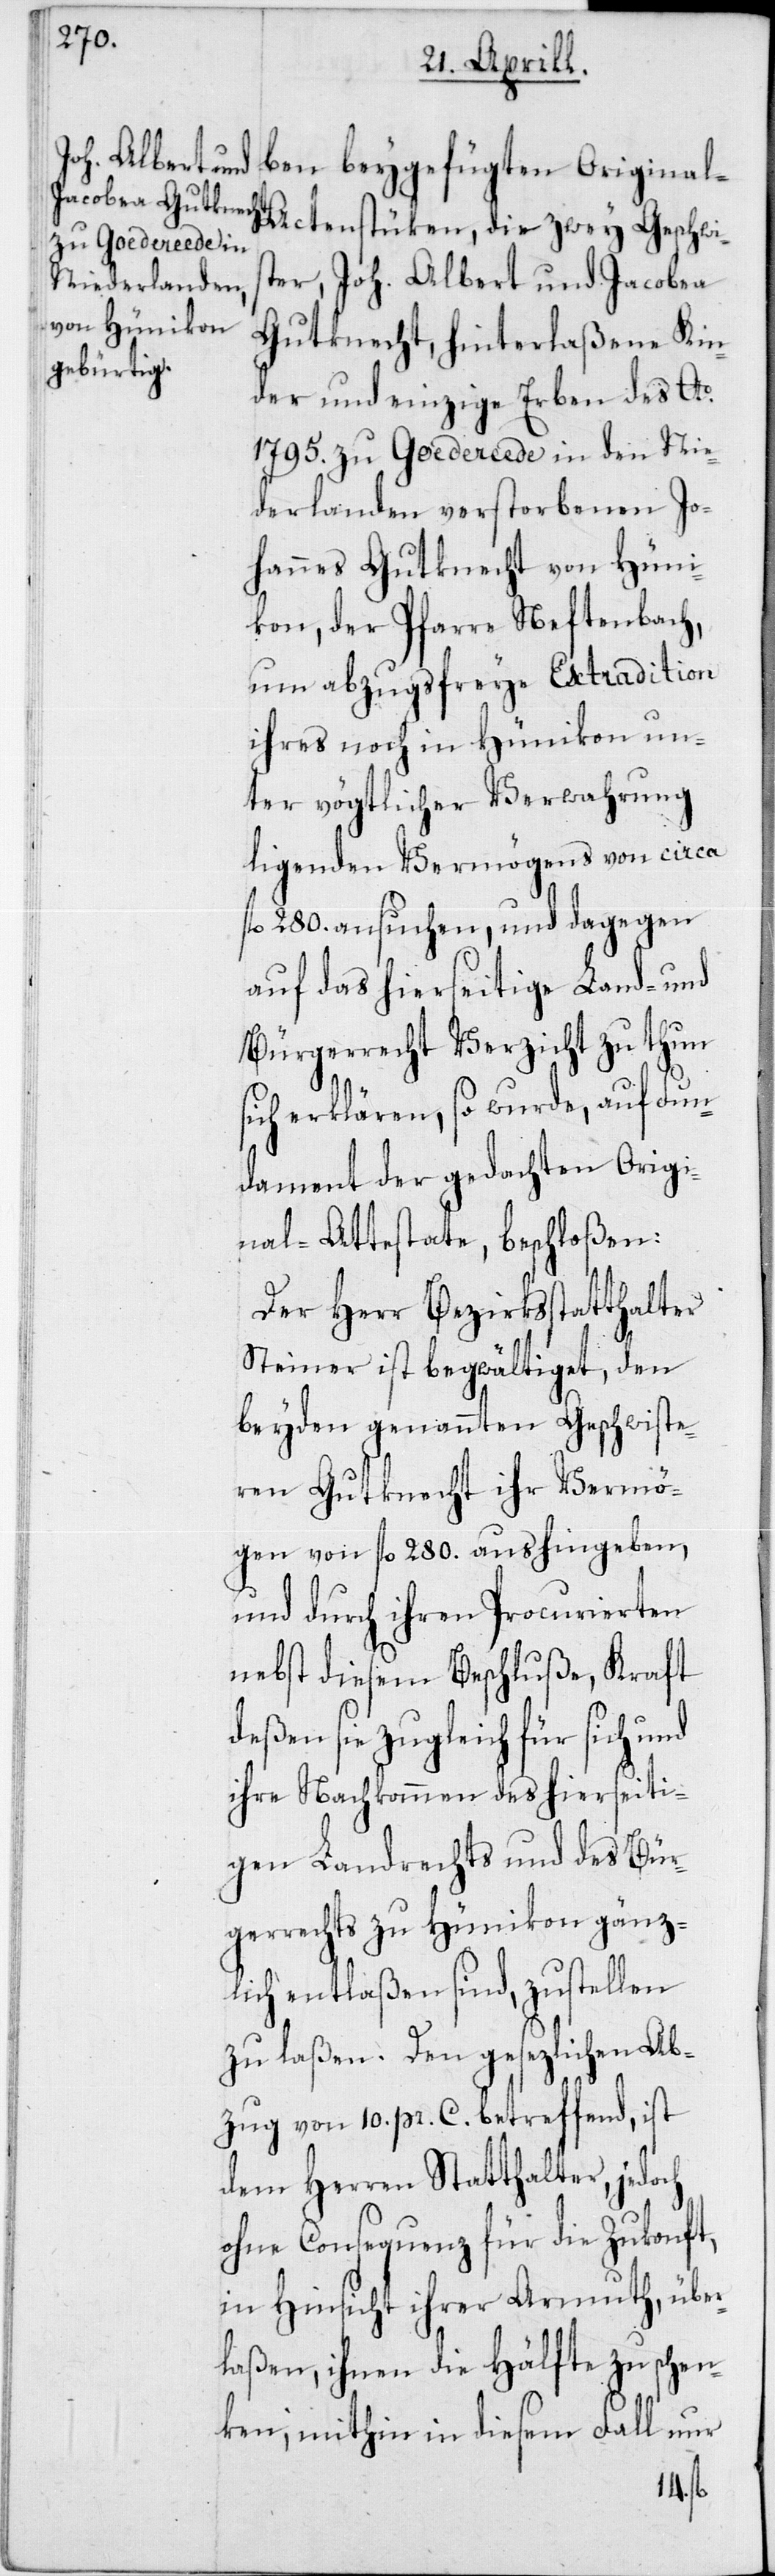
ben beygefügten Original-A¬
ctenstüken, die zwey Geschwis¬
ter, Joh. Albert und Jacobea
Gutknecht, hinterlaßene Kin¬
der und einzige Erben des Ao
1795. zu Goedereede in den Nie¬
derlanden verstorbenen Jo¬
hannes Gutknecht von Hüni¬
kon, der Pfarre Neftenbach,
um abzugsfreye Extradition
ihres noch in Hünikon un¬
ter vögtlicher Verwahrung
ligenden Vermögens von circa
fl. 280. ansuchen, und dagegen
auf das hierseitige Land- und
Bürgerrecht Verzicht zu thun s¬
ich erklären, so wurde, auf Fun¬
dament der gedachten Origi¬
nal-Attestate, beschloßen:
Der Herr Bezirksstatthalter
Steiner ist begwältiget, den
beyden genannten Geschwiste¬
ren Gutknecht ihr Vermö¬
gen von fl. 280. aushingeben,
und durch ihren Procurierten
nebst diesem Beschluße, Kraft
sie zugleich für sich und
ihre Nachkommen des hierseiti¬
gen Landrechts und des Bür¬
gerrechts zu Hünikon gänz¬
lich entlaßen sind, zustellen
zu laßen. Den gesezlichen Ab¬
zug von 10. pr. C. betreffend, ist
dem Herren Statthalter, jedoch
ohne Consequenz für die Zukonft,
in Hinsicht ihrer Armuth, über¬
laßen, ihnen die Hälfte zu schen¬
ken, mithin in diesem Fall nur